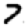
Digit: 7